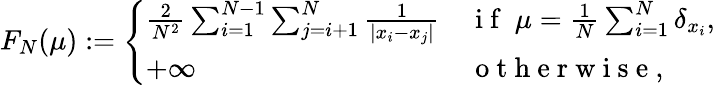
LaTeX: \begin{array}{r}{F_{N}(\mu):=\left\{ \begin{array}{ll}{{\frac{2}{N^{2}}}\sum_{i=1}^{N-1}\sum_{j=i+1}^{N}{\frac{1}{|x_{i}-x_{j}|}}}&{\mathrm{~i~f~}\ \mu={\frac{1}{N}}\sum_{i=1}^{N}\delta_{x_{i}},}\\ {+\infty}&{\mathrm{~o~t~h~e~r~w~i~s~e~},}\end{array}\right.}\end{array}